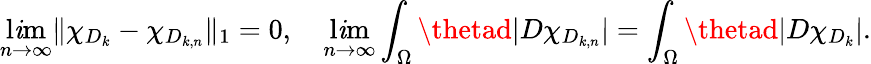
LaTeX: \operatorname*{l\mathit{i}m}_{n\to\infty}\| \chi_{D_{k}}-\chi_{D_{k,n}}\| _{1}=0,\quad\operatorname*{l\mathit{i}m}_{n\to\infty}\int_{\Omega}\thetad|D\chi_{D_{k,n}}|=\int_{\Omega}\thetad|D\chi_{D_{k}}|.